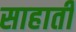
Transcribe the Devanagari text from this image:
साहाती